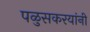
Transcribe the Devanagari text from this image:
पळुसकरयांनी